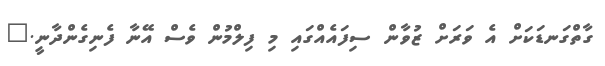
ގާތްގަނޑަކަށް އެ ވަރަށް ޒުވާން ސިފައެއްގައި މި ފިލްމުން ވެސް އޭނާ ފެނިގެންދާނީ."